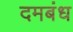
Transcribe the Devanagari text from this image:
दमबंध